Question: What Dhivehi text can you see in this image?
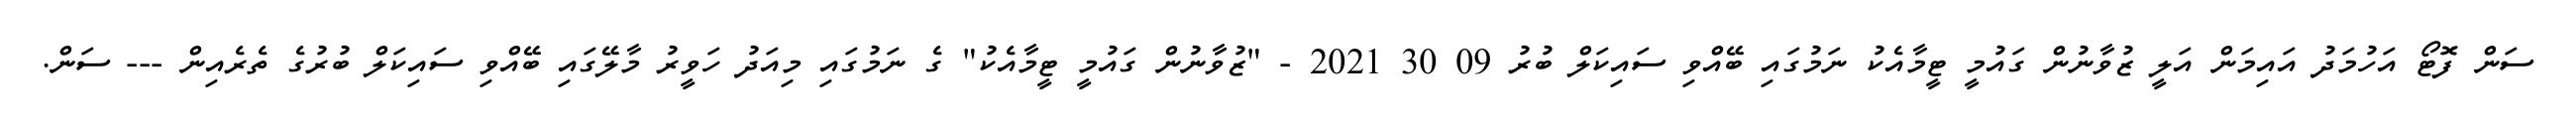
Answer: ސަން ފޮޓޯ އަހުމަދު އައިމަން އަލީ ޒުވާނުން ގައުމީ ޓީމާއެކު ނަމުގައި ބޭއްވި ސައިކަލް ބުރު 09 30 2021 - "ޒުވާނުން ގައުމީ ޓީމާއެކު" ގެ ނަމުގައި މިއަދު ހަވީރު މާލޭގައި ބޭއްވި ސައިކަލް ބުރުގެ ތެރެއިން --- ސަން.